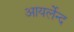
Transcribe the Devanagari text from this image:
आयर्लेन्द